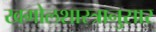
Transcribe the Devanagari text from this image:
खगोलशास्त्रानुसार